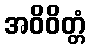
အဝိဝိတ္တံ